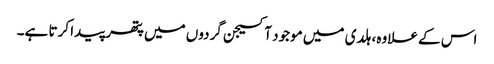
اس کے علاوہ، ہلدی میں موجود آکسیجن گردوں میں پتھر پیدا کرتا ہے۔